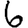
Digit: 6